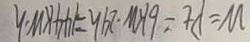
W = P t = 6 K W \cdot 2 4 h = 1 4 4 k w \cdot h